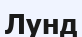
Лунд